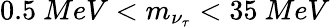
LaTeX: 0.5~MeV<m_{\nu_{\tau}}<35~MeV